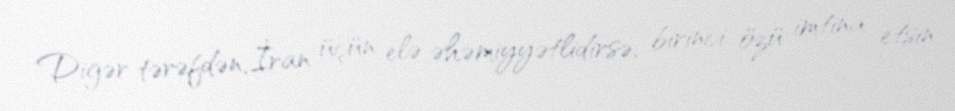
Digər tərəfdən, İran üçün elə əhəmiyyətlidirsə, birinci özü imtina etsin